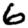
Digit: 6